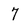
Character: 7